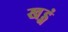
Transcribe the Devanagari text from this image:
खड्गं